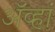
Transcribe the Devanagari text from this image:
ॲव्हां